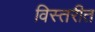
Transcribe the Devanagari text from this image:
विस्तरीत